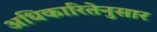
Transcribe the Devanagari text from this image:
अधिकारितेनुसार